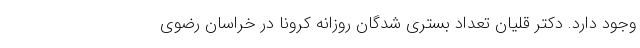
وجود دارد. دکتر قلیان تعداد بستری شدگان روزانه کرونا در خراسان رضوی